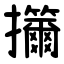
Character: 㩶